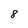
Character: 8